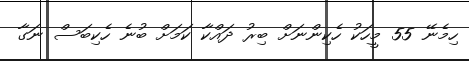
ހިމެނޭ 55 މީހަކު ހެކިންނަށް ބިރު ދައްކާ ކަމަށް ބުނެ ހެކިބަސް ނަގާ